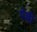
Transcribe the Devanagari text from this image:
पेल्ली